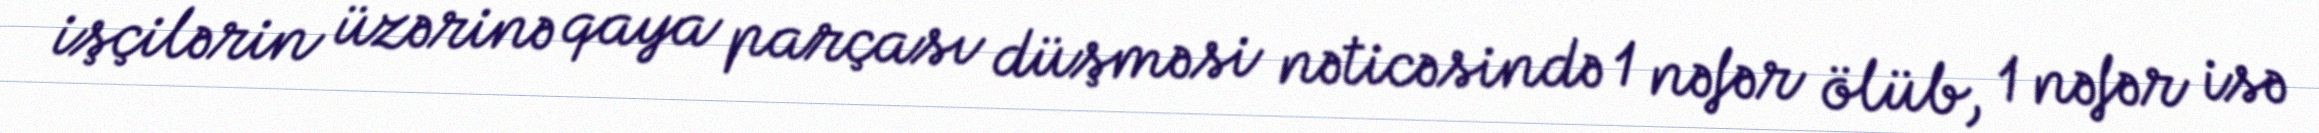
işçilərin üzərinə qaya parçası düşməsi nəticəsində 1 nəfər ölüb, 1 nəfər isə